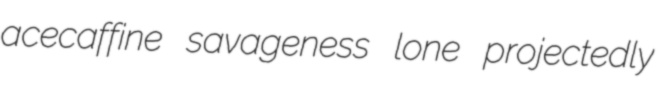
acecaffine savageness lone projectedly